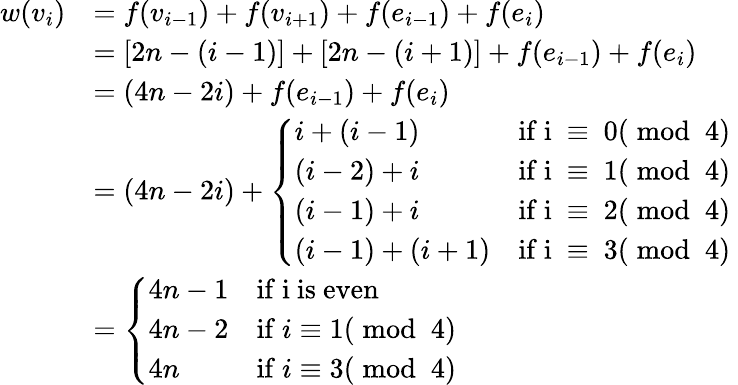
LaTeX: \begin{array}{rl}{w(v_{i})}&{=f(v_{i-1})+f(v_{i+1})+f(e_{i-1})+f(e_{i})}\\ &{=[2n-(i-1)]+[2n-(i+1)]+f(e_{i-1})+f(e_{i})}\\ &{=(4n-2i)+f(e_{i-1})+f(e_{i})}\\ &{=(4n-2i)+\left\{ \begin{array}{ll}{i+(i-1)}&{\mathrm{if~i~\equiv~0(\bmod~4)~}}\\ {(i-2)+i}&{\mathrm{if~i~\equiv~1(\bmod~4)~}}\\ {(i-1)+i}&{\mathrm{if~i~\equiv~2(\bmod~4)~}}\\ {(i-1)+(i+1)}&{\mathrm{if~i~\equiv~3(\bmod~4)~}}\end{array}\right.}\\ &{=\left\{ \begin{array}{ll}{4n-1}&{\mathrm{if~i~is~even}}\\ {4n-2}&{\mathrm{if~}i\equiv 1(\bmod~4)}\\ {4n}&{\mathrm{if~}i\equiv 3(\bmod~4)}\end{array}\right.}\end{array}